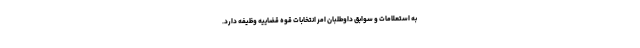
به استعلامات و سوابق داوطلبان امر انتخابات قوه قضاییه وظیفه دارد.